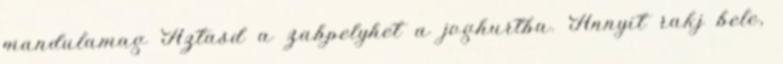
mandulamag Áztasd a zabpelyhet a joghurtba. Annyit rakj bele,